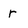
Character: r